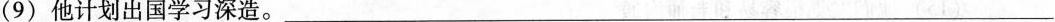
( 9 ) 他计划出国学习深造。___